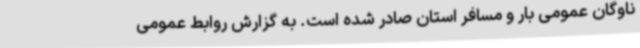
ناوگان عمومی بار و مسافر استان صادر شده است. به گزارش روابط عمومی